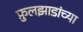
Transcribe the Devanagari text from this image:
फ़ुलझाडांच्या